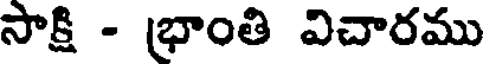
సాక్షి - భ్రాంతి విచారము